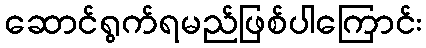
ဆောင်ရွက်ရမည်ဖြစ်ပါကြောင်း